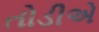
તોડીએ